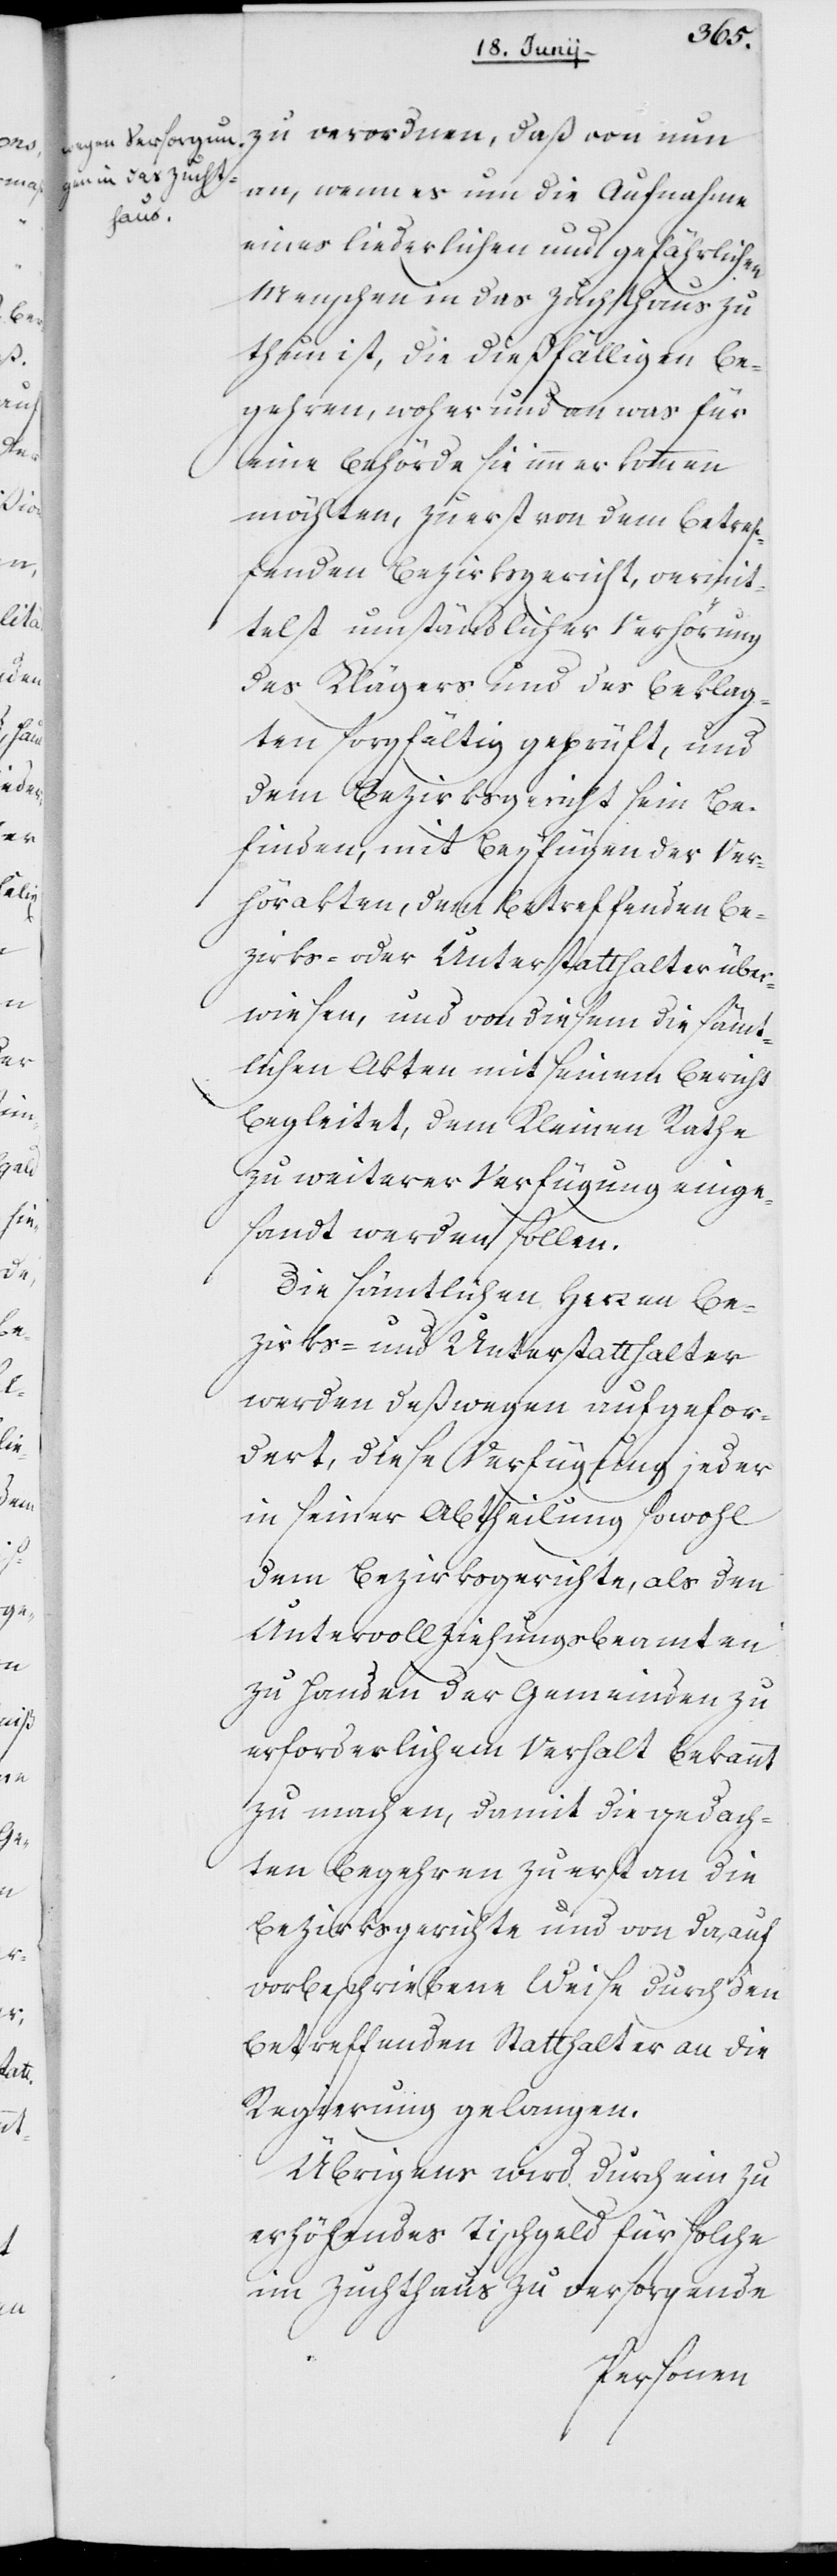
zu verordnen, daß von nun
an, wenn es um die Aufnahme
eines liederlichen und gefährlichen
Menschen in das Zuchthaus zu
thun ist, die dießfälligen Be¬
gehren, woher und an was für
eine Behörde sie immer kommen
möchten, zuerst von dem betref¬
fenden Bezirksgericht, vermit¬
telst umständlicher Verhörung
des Klägers und des Beklag¬
ten sorgfältig geprüft, und
dem Bezirksgericht sein Be¬
finden, mit Beyfügen der Ver¬
hörakten, dem betreffenden Be¬
zirks- oder Unterstatthalter über¬
wiesen, und von diesem die sämt¬
lichen Akten mit seinem Bericht
begleitet, dem Kleinen Rathe
zu weiterer Verfügung einge¬
sandt werden sollen.
Die sämtlichen Herren Be¬
zirks- und Unterstatthalter
werden deßwegen aufgefor¬
dert, diese Verfügung jeder
in seiner Abtheilung sowohl
dem Bezirksgerichte als den
Untervollziehungsbeamten
zu Handen der Gemeinden zu
erforderlichem Verhalt bekannt
zu machen, damit die gedach¬
ten Begehren zuerst an die
Bezirksgerichte und von da, auf
vorbeschriebene Weise durch den
betreffenden Statthalter an die
Regierung gelangen.
Übrigens wird durch ein zu
erhöhendes Tischgeld für solche
im Zuchthaus zu versorgende